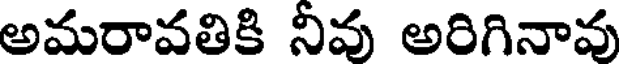
అమరావతికి నీవు అరిగినావు